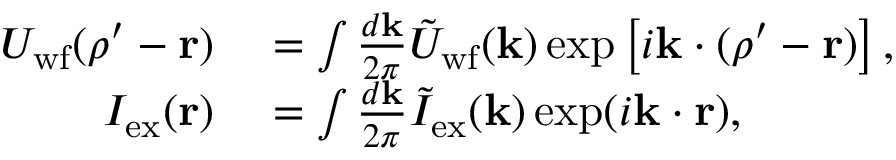
\begin{array} { r l } { U _ { \mathrm { w f } } ( \boldsymbol { \rho ^ { \prime } } - \mathbf { r } ) } & { { } = \int \frac { d \mathbf { k } } { 2 \pi } \tilde { U } _ { \mathrm { w f } } ( \mathbf { k } ) \exp \left[ i \mathbf { k } \cdot ( \boldsymbol { \rho ^ { \prime } } - \mathbf { r } ) \right] , } \\ { I _ { \mathrm { e x } } ( \mathbf { r } ) } & { { } = \int \frac { d \mathbf { k } } { 2 \pi } \tilde { I } _ { \mathrm { e x } } ( \mathbf { k } ) \exp ( i \mathbf { k } \cdot \mathbf { r } ) , } \end{array}